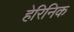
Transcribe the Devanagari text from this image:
हेरिनिक